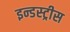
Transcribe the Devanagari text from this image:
इन्डस्ट्रीस